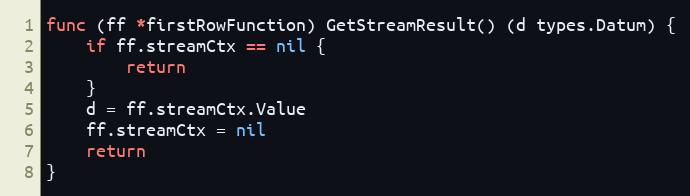
Language: Go
func (ff *firstRowFunction) GetStreamResult() (d types.Datum) {
	if ff.streamCtx == nil {
		return
	}
	d = ff.streamCtx.Value
	ff.streamCtx = nil
	return
}